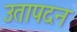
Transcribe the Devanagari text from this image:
उतापदन